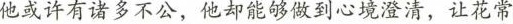
他或许有诸多不公，他却能够做到心境澄清，让花常